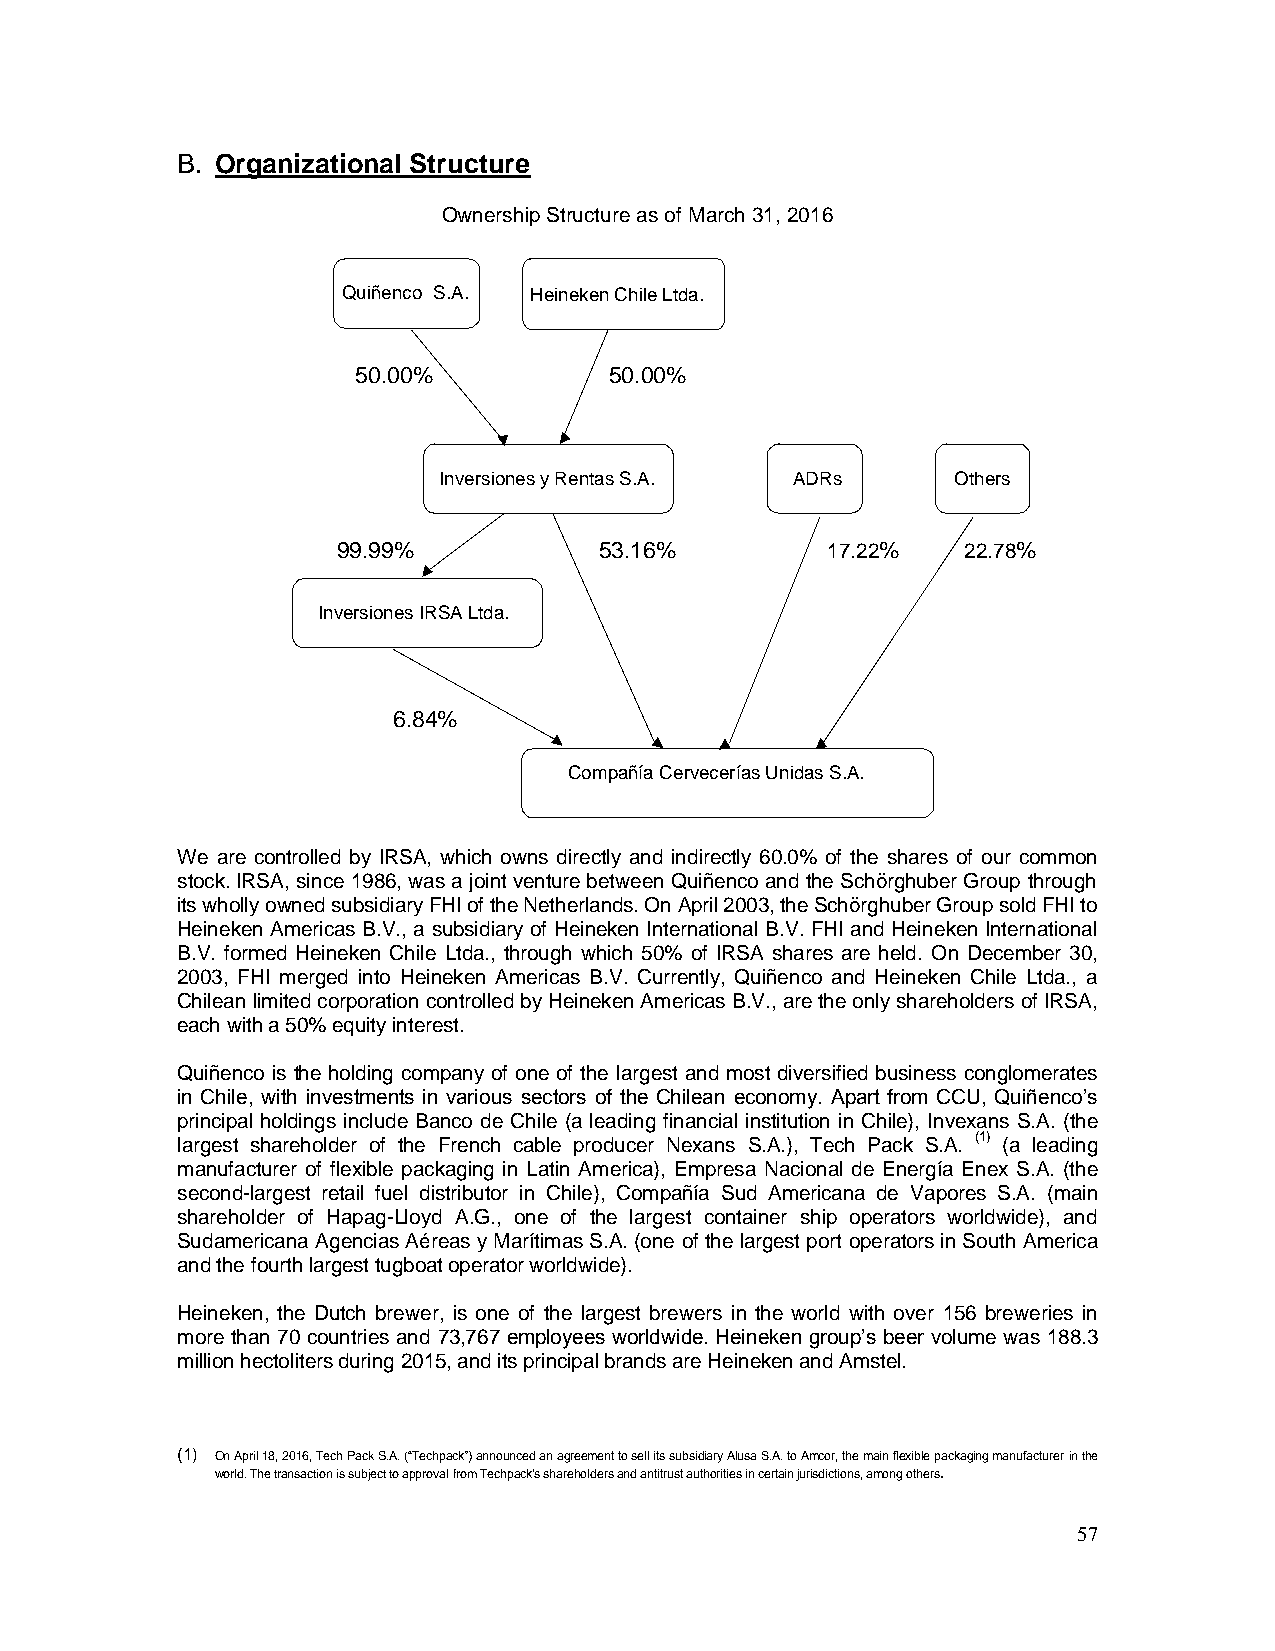
B. Organizational Structure
 Ownership Structure as of March 31, 2016
 Quiñenco S.A. Heineken Chile Ltda.
 50.00%          50.00%
 Inversiones y Rentas S.A. ADRs    Others
 99.99%            53.16%         17.22%   22.78%
 Inversiones IRSA Ltda.
 6.84%
 Compañía Cervecerías Unidas S.A.
 We are controlled by IRSA, which owns directly and indirectly 60.0% of the shares of our common
 stock. IRSA, since 1986, was a joint venture between Quiñenco and the Schörghuber Group through
 its wholly owned subsidiary FHI of the Netherlands. On April 2003, the Schörghuber Group sold FHI to
 Heineken Americas B.V., a subsidiary of Heineken International B.V. FHI and Heineken International
 B.V. formed Heineken Chile Ltda., through which 50% of IRSA shares are held. On December 30,
 2003, FHI merged into Heineken Americas B.V. Currently, Quiñenco and Heineken Chile Ltda., a
 Chilean limited corporation controlled by Heineken Americas B.V., are the only shareholders of IRSA,
 each with a 50% equity interest.
 Quiñenco is the holding company of one of the largest and most diversified business conglomerates
 in Chile, with investments in various sectors of the Chilean economy. Apart from CCU, Quiñenco’s
 principal holdings include Banco de Chile (a leading financial institution in Chile), Invexans S.A. (the
 largest shareholder of the French cable producer Nexans S.A.), Tech Pack S.A. (1) (a leading
 manufacturer of flexible packaging in Latin America), Empresa Nacional de Energía Enex S.A. (the
 second-largest retail fuel distributor in Chile), Compañía Sud Americana de Vapores S.A. (main
 shareholder of Hapag-Lloyd A.G., one of the largest container ship operators worldwide), and
 Sudamericana Agencias Aéreas y Marítimas S.A. (one of the largest port operators in South America
 and the fourth largest tugboat operator worldwide).
 Heineken, the Dutch brewer, is one of the largest brewers in the world with over 156 breweries in
 more than 70 countries and 73,767 employees worldwide. Heineken group’s beer volume was 188.3
 million hectoliters during 2015, and its principal brands are Heineken and Amstel.
 (1) On April 18, 2016, Tech Pack S.A. (“Techpack”) announced an agreement to sell its subsidiary Alusa S.A. to Amcor, the main flexible packaging manufacturer in the
 world. The transaction is subject to approval from Techpack’s shareholders and antitrust authorities in certain jurisdictions, among others.
 57